Vaccination in the Punjab 1883-1896 - 1883-1896
Year: 1883
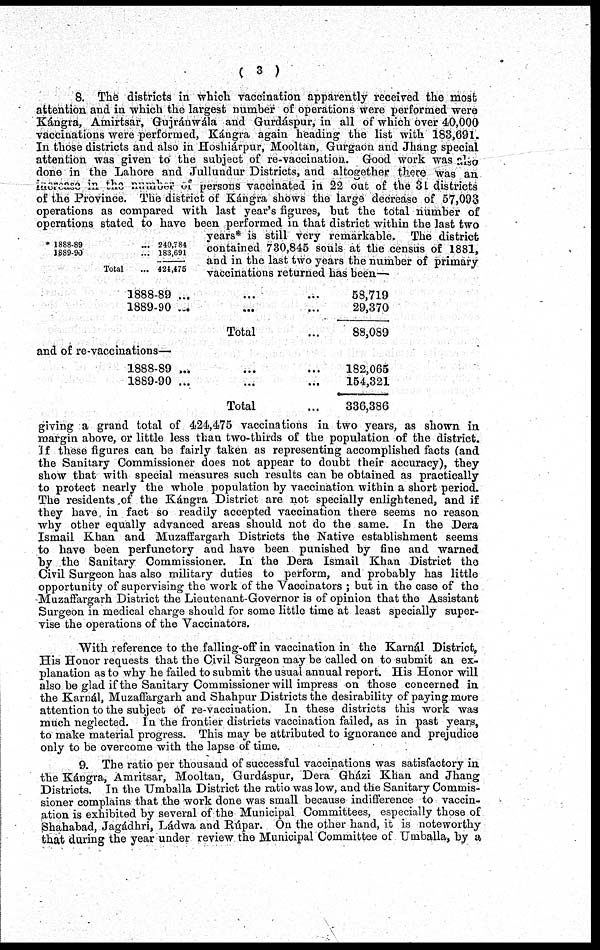
( 3 )
* 1888-89 ...
1889-90 ...
Total ...
240,784
183,691
424,475
8. The districts in which vaccination apparently received the most
attention and in which the largest number of operations were performed were
Kángra, Amirtsar, Gujránwála and Gurdáspur, in all of which over 40,000
vaccinations were performed, Kángra again heading the list with 183,691.
In those districts and also in Hoshiárpur, Mooltan, Gurgaon and Jhang special
attention was given to the subject of re-vaccination. Good work was also
done in the Lahore and Jullundur Districts, and altogether there Was an
increase in the number of persons vaccinated in 22 out of the 31 districts
of the Province. The district of Kángra shows the large decrease of 57,093
operations as compared with last year's figures, but the total number of
operations stated to have been performed in that district within the last two
years* is still very remarkable. The district
contained 730,845 souls at the census of 1881,
and in the last two years the number of primary
vaccinations returned has been—
1888-89
...
...
...
1889-90 ... ... ...
Total ...
58,719
29,370
88,089
and of re-vaccinations—
1888-89...
...
...
1889-90 ... ... ...
Total ...
182,065
154,321
336,386
giving a grand total of 424,475 vaccinations in two years, as shown in
margin above, or little less than two-thirds of the population of the district.
If these figures can be fairly taken as representing accomplished facts (and
the Sanitary Commissioner does not appear to doubt their accuracy), they
show that with special measures such results can be obtained as practically
to protect nearly the whole population by vaccination within a short period.
The residents of the Kángra District are not specially enlightened, and if
they have in fact so readily accepted vaccination there seems no reason
why other equally advanced areas should not do the same. In the Dera
Ismail Khan and Muzaffargarh Districts the Native establishment seems
to have been perfunctory and have been punished by fine and warned
by the Sanitary Commissioner. In the Dera Ismail Khan District the
Civil Surgeon has also military duties to perform, and probably has little
opportunity of supervising the work of the Vaccinators ; but in the case of the
Muzaffargarh District the Lieutenant-Governor is of opinion that the Assistant
Surgeon in medical charge should for some little time at least specially super-
vise the operations of the Vaccinators.
With reference to the falling-off in vaccination in the Karnál District,
His Honor requests that the Civil Surgeon may be called on to submit an ex-
planation as to why he failed to submit the usual annual report. His Honor will
also be glad if the Sanitary Commissioner will impress on those concerned in
the Karnál, Muzaffargarh and Shahpur Districts the desirability of paying more
attention to the subject of re-vaccination. In these districts this work was
much neglected. In the frontier districts vaccination failed, as in past years,
to make material progress. This may be attributed to ignorance and prejudice
only to be overcome with the lapse of time.
9. The ratio per thousand of successful vaccinations was satisfactory in
the Kángra, Amritsar, Mooltan, Gurdáspur, Dera Gházi Khan and Jhang
Districts. In the Umballa District the ratio was low, and the Sanitary Commis-
sioner complains that the work done was small because indifference to vaccin-
ation is exhibited by several of the Municipal Committees, especially those of
Shahabad, Jagádhri, Ládwa and Rúpar. On the other hand, it is noteworthy
that during the year under review the Municipal Committee of Umballa, by a.